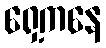
ရှေ့ကနေ